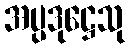
အပ္ပဒုဋ္ဌေသု